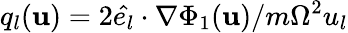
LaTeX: q_{l}(\mathbf{u})=2\hat{e_{l}}\cdot\nabla\Phi_{1}(\mathbf{u})/m\Omega^{2}u_{l}